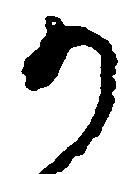
か